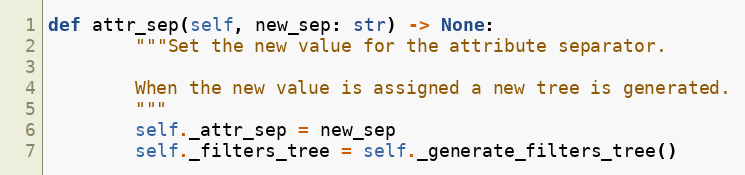
Language: Python
def attr_sep(self, new_sep: str) -> None:
        """Set the new value for the attribute separator.

        When the new value is assigned a new tree is generated.
        """
        self._attr_sep = new_sep
        self._filters_tree = self._generate_filters_tree()